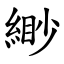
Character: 緲